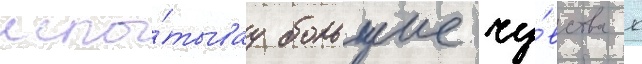
испы́тывау большие чу́вства к